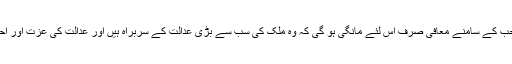
عدالت میں بھی چیف صاحب کے سامنے معافی صرف اس لئے مانگی ہو گی کہ وہ ملک کی سب سے بڑی عدالت کے سربراہ ہیں اور عدالت کی عزت اور احترام ہم سب پر فرض ہے۔